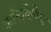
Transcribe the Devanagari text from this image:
कॉनविविया